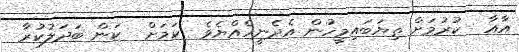
އާއާ  ކުރުމަށް ތިޔަބައިމީހުން އެދެނީހެއްޔެވެ  ކަމަށް  ކަން ބަދަލުކުރާ